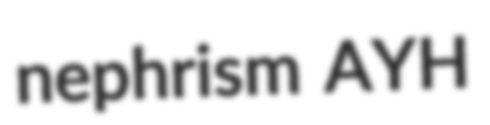
nephrism AYH